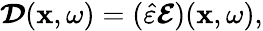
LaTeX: \boldsymbol{\mathcal{D}}(\mathbf{x},\omega)=(\hat{\varepsilon}\boldsymbol{\mathcal{E}})(\mathbf{x},\omega),